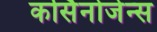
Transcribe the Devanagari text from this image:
कर्सिनोजेन्स